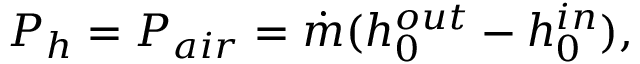
P _ { h } = P _ { a i r } = \dot { m } ( h _ { 0 } ^ { o u t } - h _ { 0 } ^ { i n } ) ,